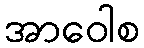
အာဝေါစ